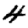
Digit: 4